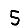
Digit: 5